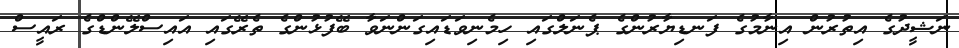
ނަޝީދުގެ އިތުރުން އިނާމުގެ ފަނޑިޔާރުންގެ ޕެނަލްގައި ހިމެނިވަޑައިގަންނަވާ ބޭފުޅުންގެ ތެރޭގައި އައިސްލޭންޑްގެ ރައީސް